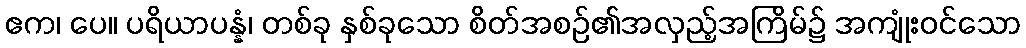
ဧက၊ ပေ။ ပရိယာပန္နံ၊ တစ်ခု နှစ်ခုသော စိတ်အစဉ်၏အလှည့်အကြိမ်၌ အကျုံးဝင်သော